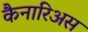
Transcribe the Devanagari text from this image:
कैनारिअस